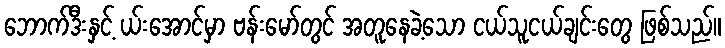
ဘောက်ဒီးနှင့် ယ်းအောင်မှာ ဗန်းမော်တွင် အတူနေခဲ့သော ငယ်သူငယ်ချင်းတွေ ဖြစ်သည်။